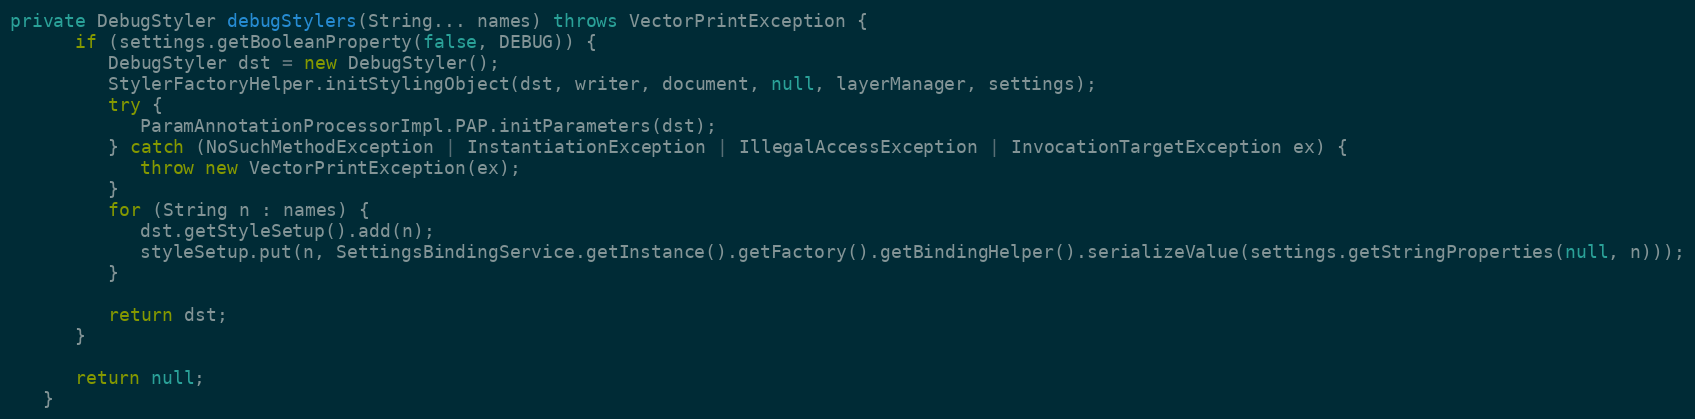
Language: Java
private DebugStyler debugStylers(String... names) throws VectorPrintException {
      if (settings.getBooleanProperty(false, DEBUG)) {
         DebugStyler dst = new DebugStyler();
         StylerFactoryHelper.initStylingObject(dst, writer, document, null, layerManager, settings);
         try {
            ParamAnnotationProcessorImpl.PAP.initParameters(dst);
         } catch (NoSuchMethodException | InstantiationException | IllegalAccessException | InvocationTargetException ex) {
            throw new VectorPrintException(ex);
         }
         for (String n : names) {
            dst.getStyleSetup().add(n);
            styleSetup.put(n, SettingsBindingService.getInstance().getFactory().getBindingHelper().serializeValue(settings.getStringProperties(null, n)));
         }

         return dst;
      }

      return null;
   }